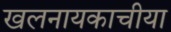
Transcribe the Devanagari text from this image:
खलनायकाचीया